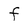
Character: f